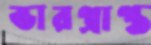
ভারপ্রাপ্ত